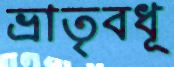
ভ্রাতৃবধূ